Senior Leaving Certificate Examination (including Day School Certificate (Higher) General paper), 1948
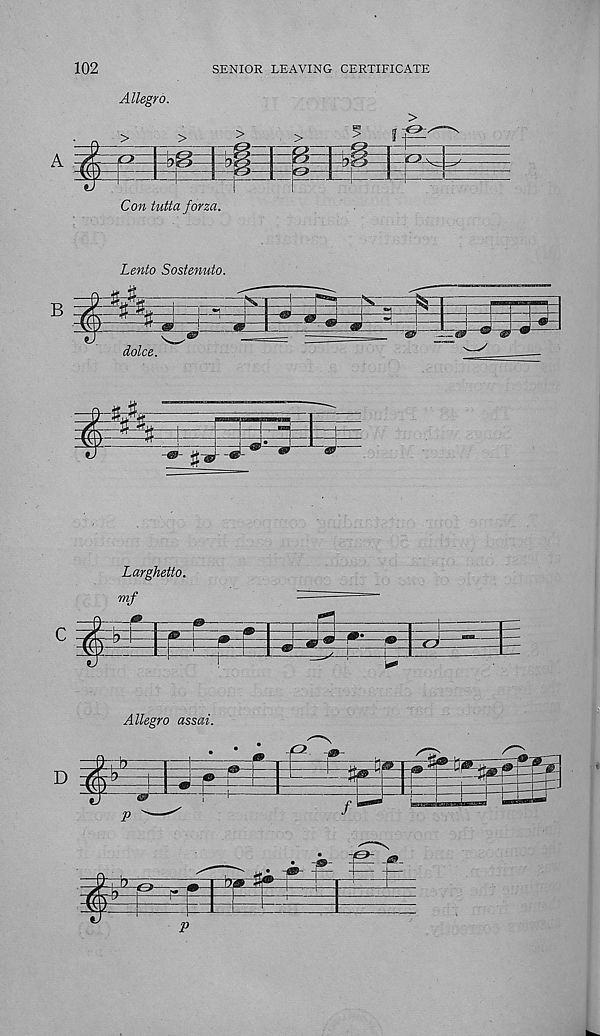
102
SENIOR LEAVING CERTIFICATE
Allegro.
>
A
Con tutta form.
• O'
CT
O
o:
Lento Sostenuto.
B
dolce.
1^5
Larghetto,
mf
m
o
Allegro assai.